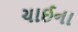
ચાઈના